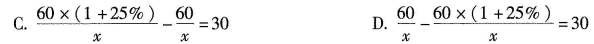
C. $$\frac { 60 \times ( 1 + 2 5 % ) } { x } - \frac { 6 0 }{ x } = 3 0$$ D. $$\frac { 6 0 } { x } - \frac { 6 0 \times ( 1 + 2 5 % ) } { x } = 3 0$$